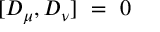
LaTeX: [ D _ { \mu } , D _ { \nu } ] ~ = ~ 0